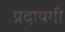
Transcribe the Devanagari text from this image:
प्रदायगी